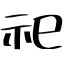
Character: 祀